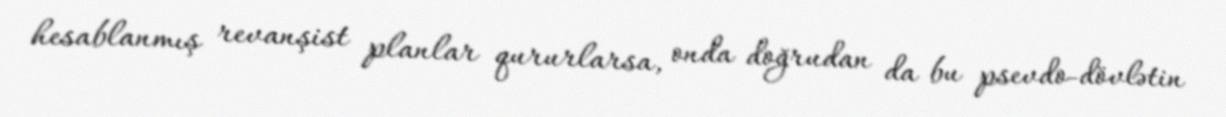
hesablanmış revanşist planlar qururlarsa, onda doğrudan da bu psevdo-dövlətin